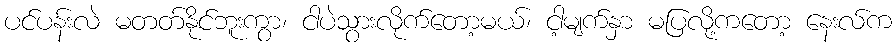
ပင်ပန်းလဲ မတတ်နိုင်ဘူးကွာ၊ ငါပဲသွားလိုက်တော့မယ်၊ ငါ့မျက်နှာ မပြလို့ကတော့ နေးလ်က